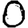
Digit: 0